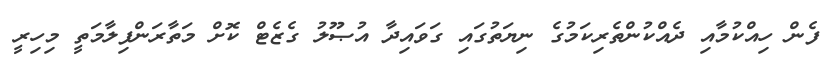
ފެން ހިއްކުމާއި ދެއްކުންތެރިކަމުގެ ނިޔަތުގައި ގަވައިދާ އުޞޫލު ގެޒެޓް ކޮށް މަތާރަންފިލާމަތީ މިހިރީ